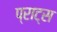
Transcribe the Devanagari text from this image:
प्राट्स